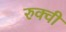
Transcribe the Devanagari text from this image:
रुक्‍वी